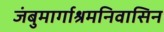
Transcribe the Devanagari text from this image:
जंबुमार्गाश्रमनिवासिन